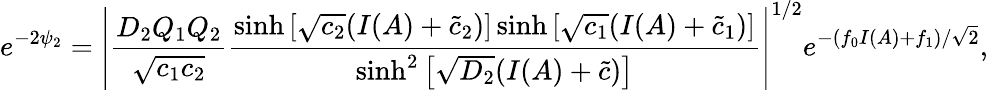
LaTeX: e^{-2\psi_{2}}=\left|\frac{D_{2}Q_{1}Q_{2}}{\sqrt{c_{1}c_{2}}}\frac{\sinh\left[\sqrt{c_{2}}(I(A)+\tilde{c}_{2})\right]\sinh\left[\sqrt{c_{1}}(I(A)+\tilde{c}_{1})\right]}{\sinh^{2}\left[\sqrt{D_{2}}(I(A)+\tilde{c})\right]}\right|^{1/2}e^{-(f_{0}I(A)+f_{1})/\sqrt{2}},